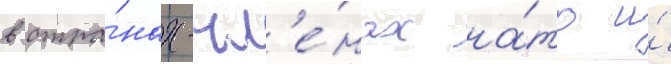
в стра́нах-чл'е́нах на́то и́